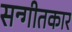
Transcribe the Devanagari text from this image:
सन्गीतकार